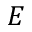
E